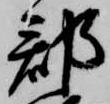
郡